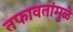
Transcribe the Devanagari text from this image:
तफावतांमुळे